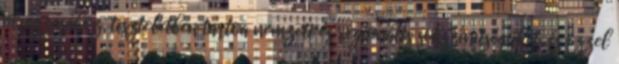
virágzásához, tiszteletben tartva nemzeti és regionális sokszínűségüket, és ezzel